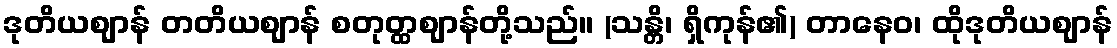
ဒုတိယဈာန် တတိယဈာန် စတုတ္ထဈာန်တို့သည်။ (သန္တိ၊ ရှိကုန်၏) တာနေဝ၊ ထိုဒုတိယဈာန်